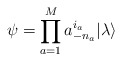
\begin{align*}\psi=\prod^M_{a=1}a^{i_a}_{-n_a}|\lambda\rangle\end{align*}